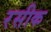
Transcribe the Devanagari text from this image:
रसीक